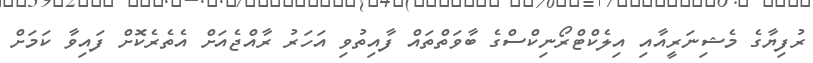
ރުފިޔާގެ މެޝިނަރީއާއި އިލެކްޓްރޯނިކްސްގެ ބާވަތްތައް ފާއިތުވި އަހަރު ރާއްޖެއަށް އެތެރެކޮށް ފައިވާ ކަމަށް